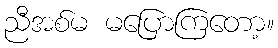
ညီအစ်မ မပြောကြတော့။